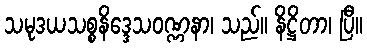
သမုဒယသစ္စနိဒ္ဒေသဝဏ္ဏနာ၊ သည်။ နိဋ္ဌိတာ၊ ပြီ။